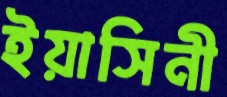
ইয়াসিনী